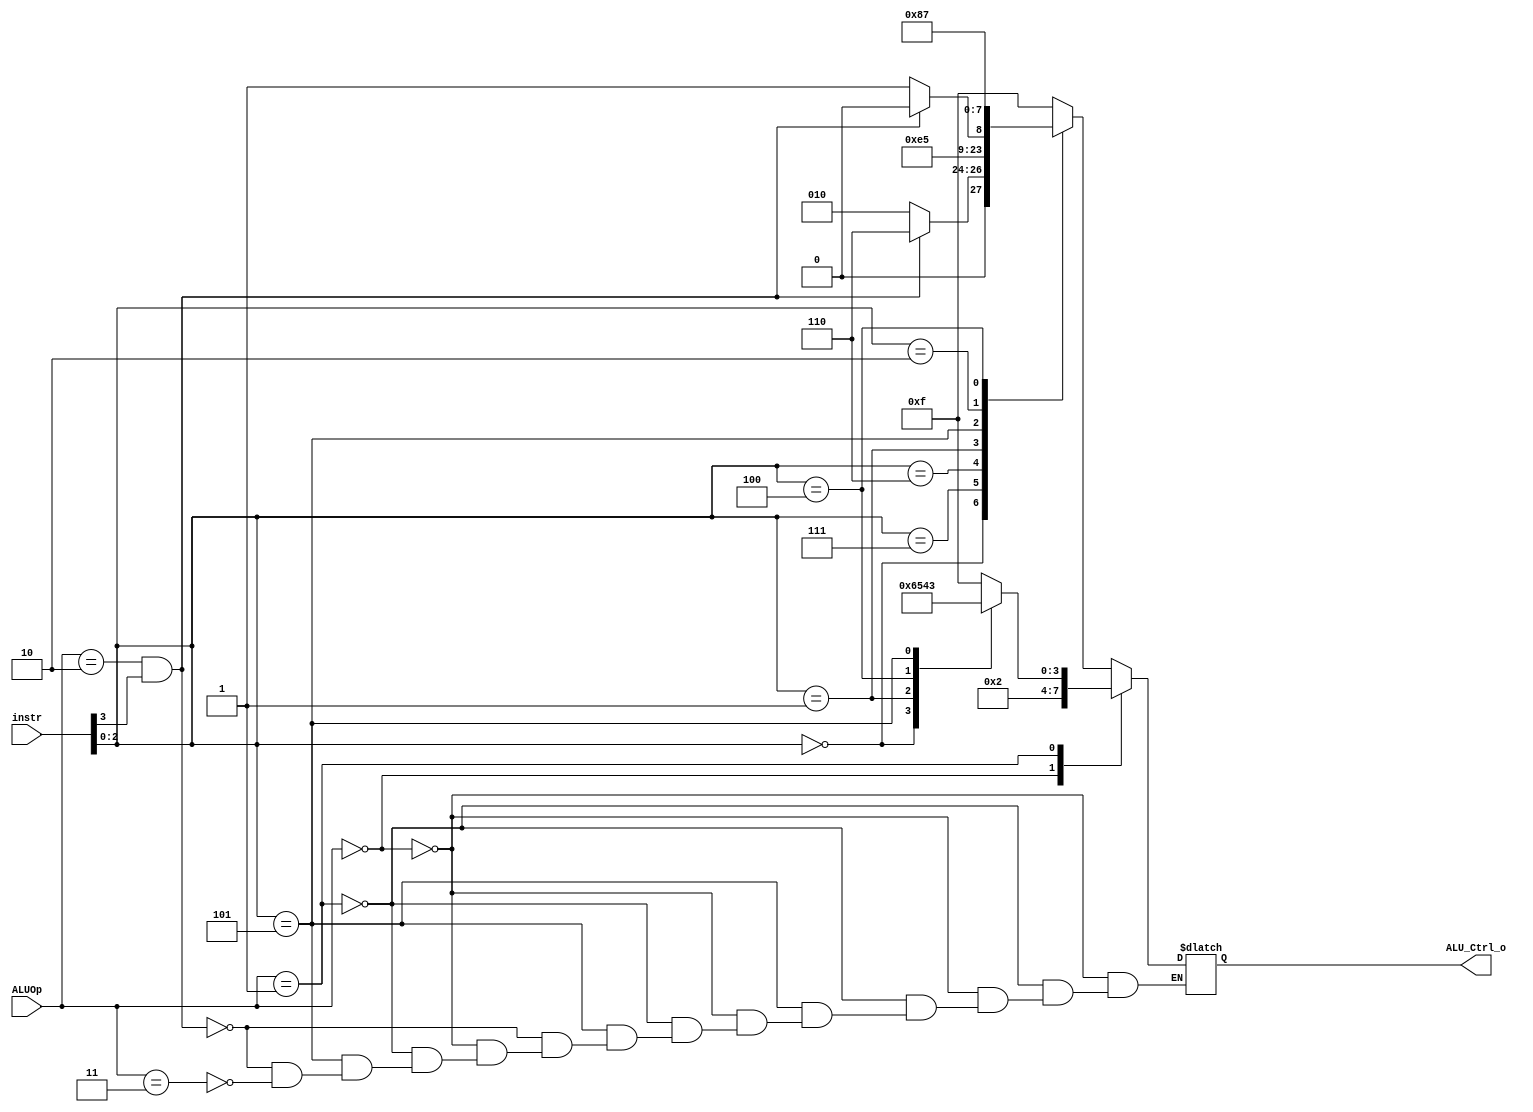
/***************************************************
Student Name:_
Student ID: group10_0711099_0810749
***************************************************/

`timescale 1ns/1ps

module ALU_Ctrl(
	input		[4-1:0]	instr,
	input		[2-1:0]	ALUOp,
	output wire	[4-1:0] ALU_Ctrl_o
	);

reg[4-1:0] ctrl;
assign ALU_Ctrl_o = ctrl;

always @(*) begin
	case (ALUOp)
		2'b00: begin	//S-type & J-type & lw & jalr
			ctrl = 4'b0010;	//add
		end
		2'b01: begin	//B-type
			case (instr[2:0])
				3'b000: begin	//beq
					ctrl = 4'b0110;
				end
				3'b001: begin	//bne
					ctrl = 4'b0101;
				end
				3'b100: begin	//blt
					ctrl = 4'b0100;
				end
				3'b101: begin	//bgt
					ctrl = 4'b0011;
				end
				default: begin
					ctrl = 4'b1111;
				end
			endcase
		end
		default: begin	//R-type & I-type
			case (instr[2:0])
				3'b000: begin	//add, sub
					if(ALUOp==2'b10 && instr[3]==1) begin
						ctrl = 4'b0110;
					end
					else begin
						ctrl = 4'b0010;
					end
				end
				3'b111: begin	//and
					ctrl = 4'b0000;
				end
				3'b110: begin	//or
					ctrl = 4'b0001;
				end
				3'b001: begin	//shift left
					ctrl = 4'b1100;
				end
				3'b101: begin	//shift right
					if(ALUOp==2'b10 && instr[3]==1) begin
						ctrl = 4'b1010;
					end
					else if(ALUOp==2'b11) begin
						ctrl = 4'b1011;
					end
				end
				3'b010: begin	//set less than
					ctrl = 4'b1000;
				end
				3'b100: begin	//xor
					ctrl = 4'b0111;
				end
				default: begin
					ctrl = 4'b1111;
				end
			endcase
		end
	endcase
end


endmodule